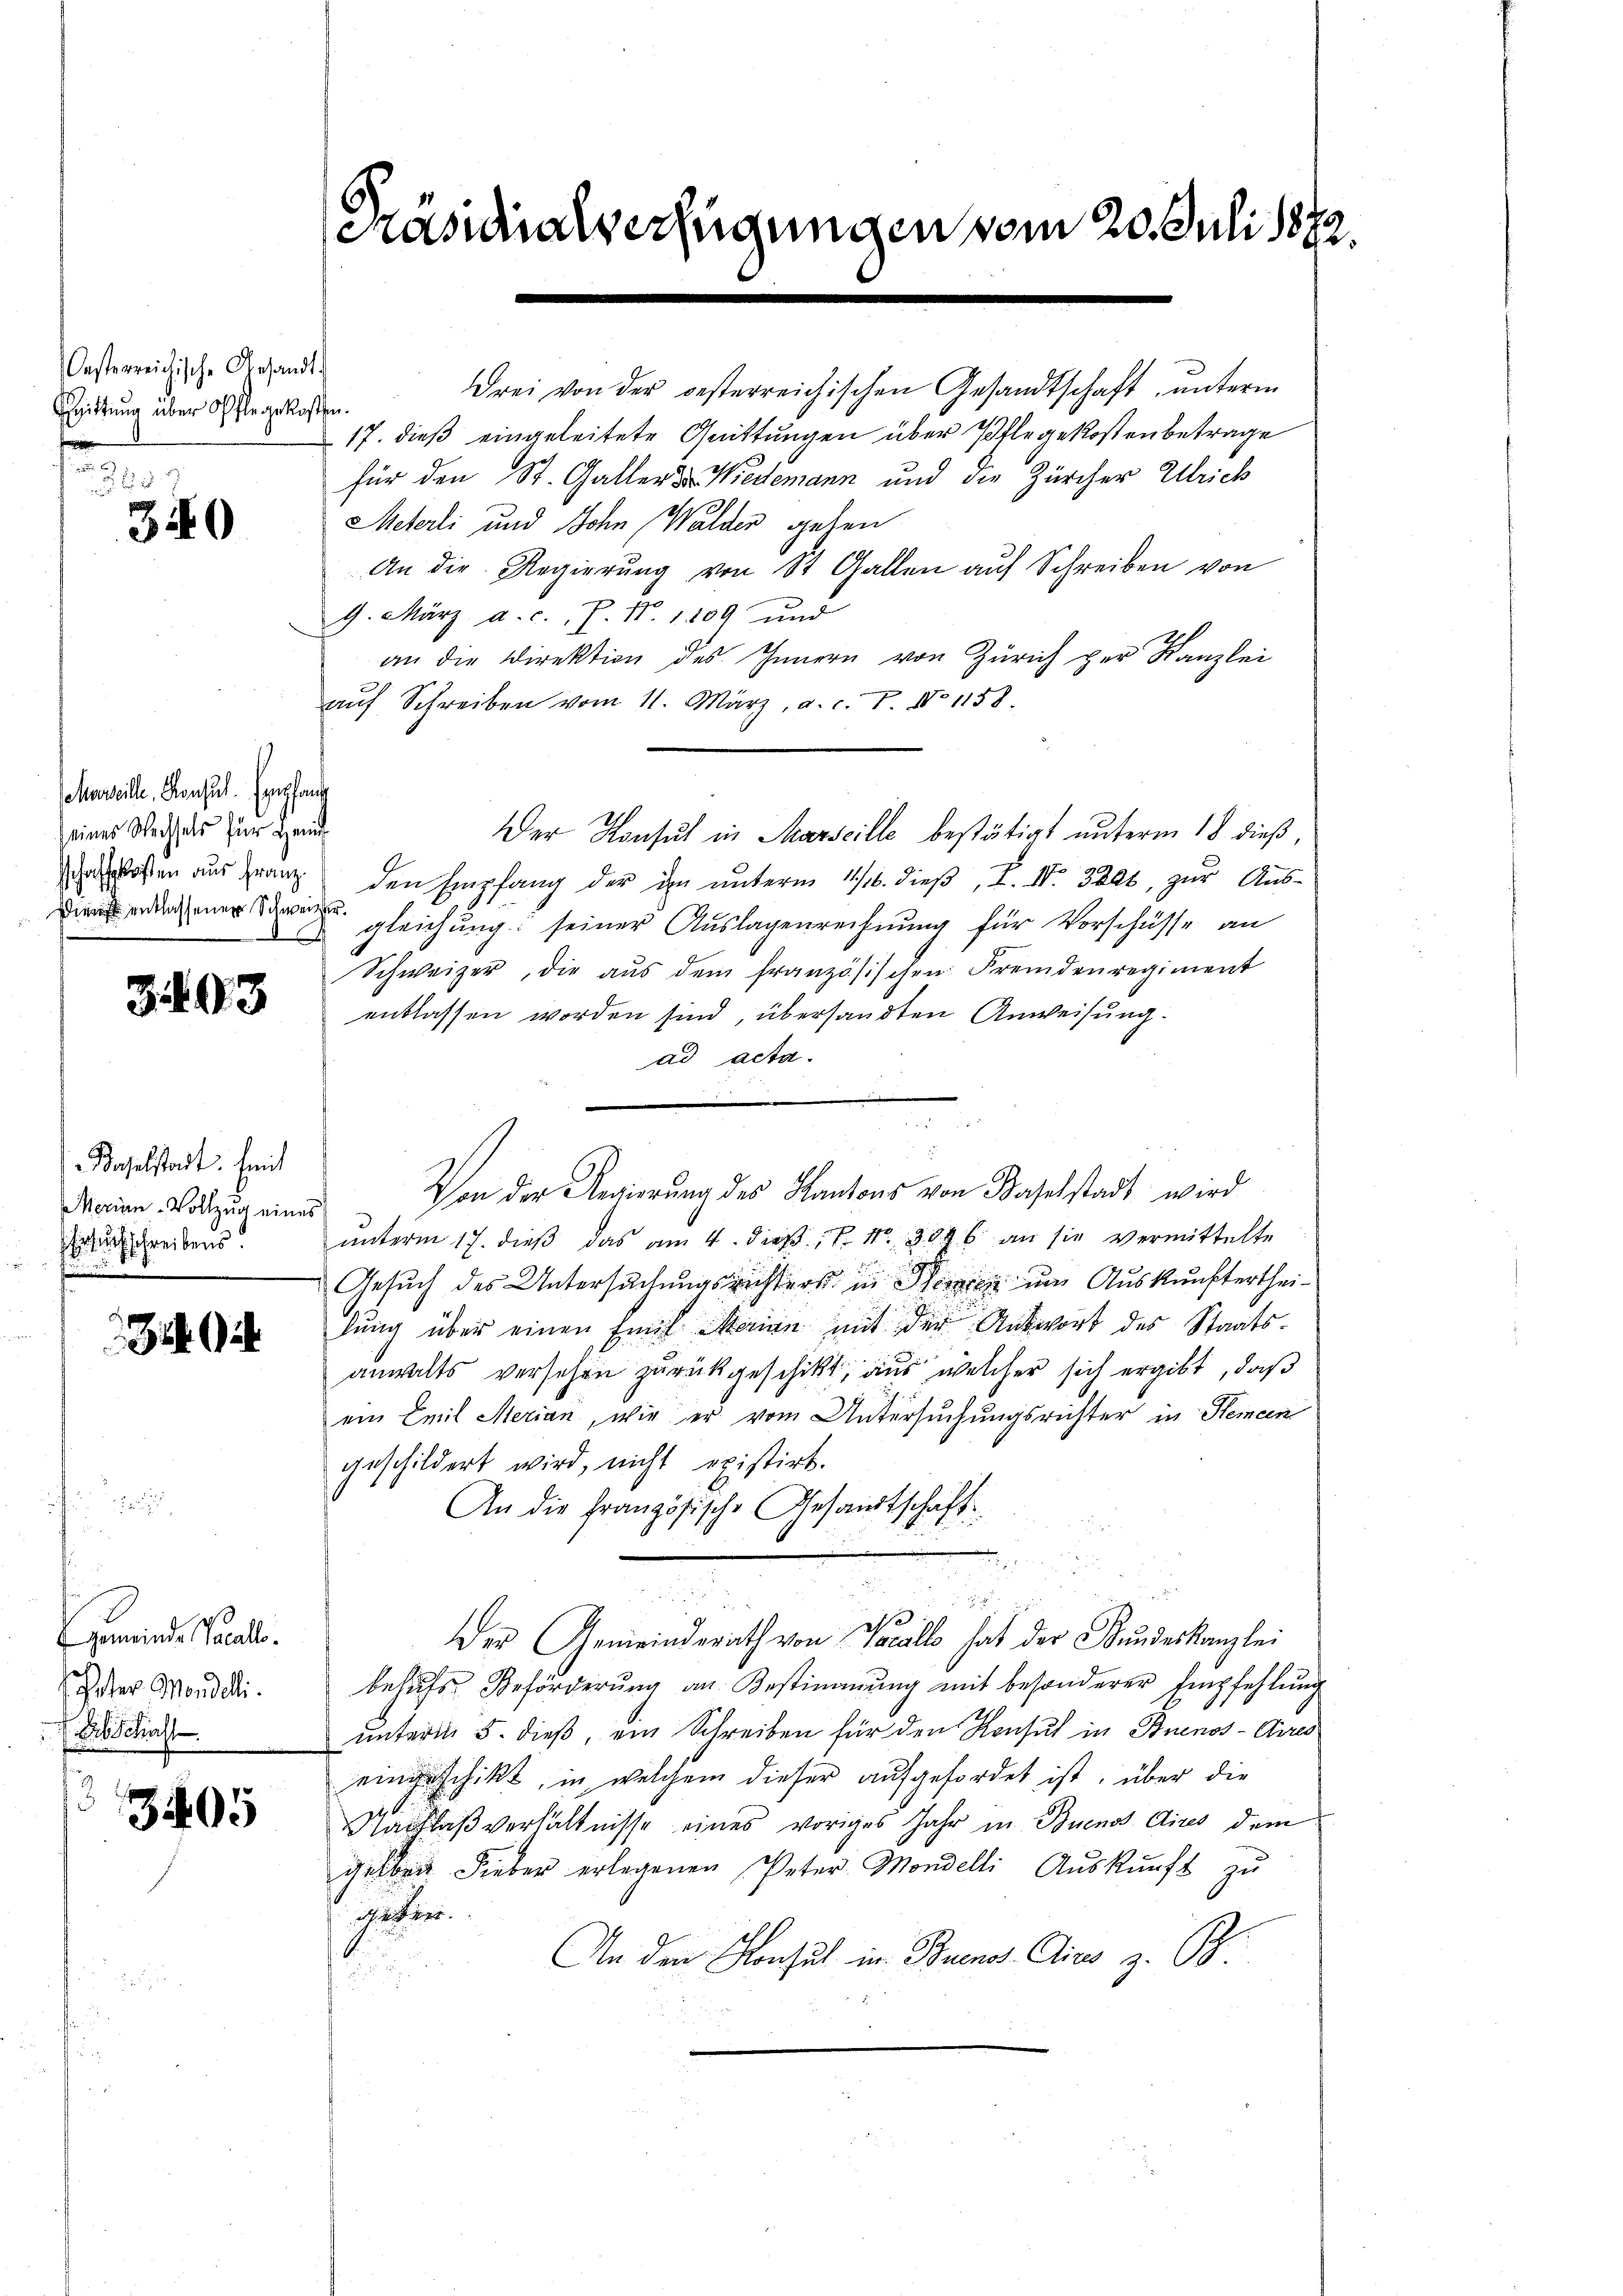
Oesterreichische Gesand
ittung über Pflegeko

2
340

chueille, Konsul Empfang
seines Wechsels für Heim

303

aselstadt mit
Merian -Vollzug eine
tuch schreibens

3

Gemeinde Parall.
hester Mandelli.
Bb Schaft

3405

casionalverfügungen vom 20. Juli 1882.

.
ddrei von der oesterreichischen Gesandtschaft, unterm
osten.
17. dieß eingeleitete Quittungen über Pflegekosten betrage
für den St. Galler der Wiedemann und die Zürcher Ulrich
Meterli und Sohn Walder gehen
An die Regierŭng von St. Gallen auf Schreiben von
9. März a. c., P. Nr. 1809 und
an die Direktion des Innern von Zürich per Kanzlei
aŭf Schreiben vom 11. März, a. c. 7. No 1158.
Der Konsul in Marseille bestätigt unterm 18. dieß,
drossen aus Franz den Empfang der im ŭnterm 1sten dieβ, L. N. 3206, zŭr Aŭs-
dieerdiener gleichung seiner Auslagenrechnung für Vorschüsse an
Schweizer, die aŭs dem französischen Fremdenregiment
entlassen worden sind, übersandten Anweisung.
ad acta.
f
ŭnterm 17. dieβ das am 4. dieβ, P. Nr. 3846 an sie vermittelte
Gesuch des Untersuchungsrichters in Sie um Auskunftertheilung über einen Emil Marian mit der Antwort des Staatsanwalts versehen zurückgeschikt, aus welcher sich ergibt, daß
ein Emil Merian, wie er vom Untersuchungsrichter in Hemein
geschildert wird, nicht existirt.
An die Französische Gesandtschaft

e
e
Der Gemeinderath von Vacalls hat der Bundeskanzlei
behŭfs Beförderŭng an Bestimmung mit besonderer Empfehlŭng
unterm 5. dieß, ein Schreiben für den Konsul in Buenos-Ayres
eingeschikt, in welchem dieser aufgefordet ist, über die
Nachlaßverhältnisse eines voriges Jahr in Buenos Aires dem
gelben Fieber erlegenen Peter Mondelli Aŭskŭnft zŭ
deten
An den Konsul in Buenos Clivo z. B.

e
Von der Regierung des Kantons von Baselstadt wird